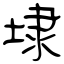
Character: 埭